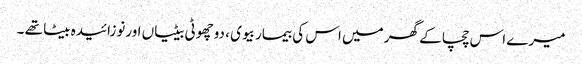
میرے اس چچا کے گھر میں اس کی بیمار بیوی ، دوچھوٹی بیٹیاں اورنوزائیدہ بیٹا تھے ۔